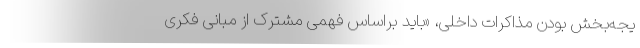
یجه‌بخش بودن مذاکرات داخلی، «باید براساس فهمی مشترک از مبانی فکری